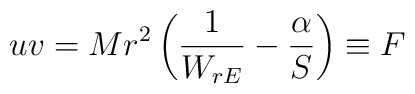
uv=Mr^2\left(\frac{1}{W_{rE}}-\frac{\alpha}{S}\right)\equiv F